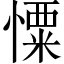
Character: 憟